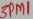
Text: 3PM1